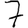
Digit: 7